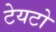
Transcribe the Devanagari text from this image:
टेयटो